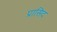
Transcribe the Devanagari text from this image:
प्रासिद